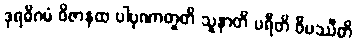
ဒုရဓိဂမံ ဝိဇာနထ ပါပုဏာတူတိ သူနာတိ ပရီတိ ဝိပဿီတိ